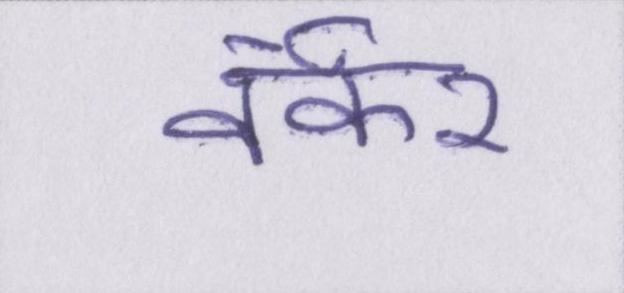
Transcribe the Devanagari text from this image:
वर्कर